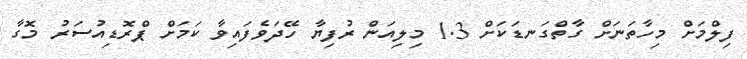
ފިލްމަށް މިހާތަނަށް ގާތްގަނޑަކަށް 1.3 މިލިއަން ރުފިޔާ ހޭދަވެފައިވާ ކަމަށް ޕްރޮޑިއުސަރު މޮގާ